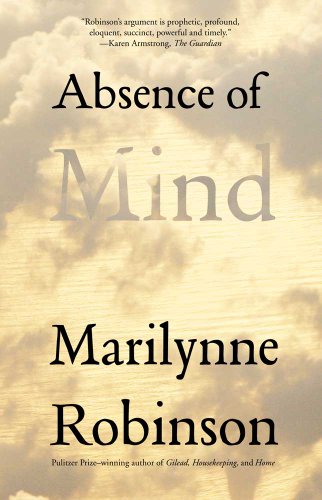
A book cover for Absence of Mind: The Dispelling of Inwardness from the Modern Myth of the Self (The Terry Lectures Series); Marilynne Robinson; Politics & Social Sciences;